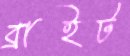
ব্রাইট